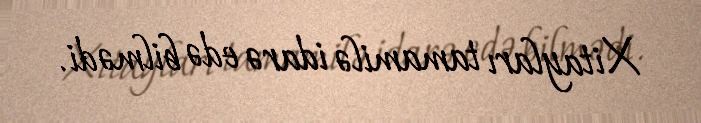
Xitayları tamamilə idarə edə bilmədi.